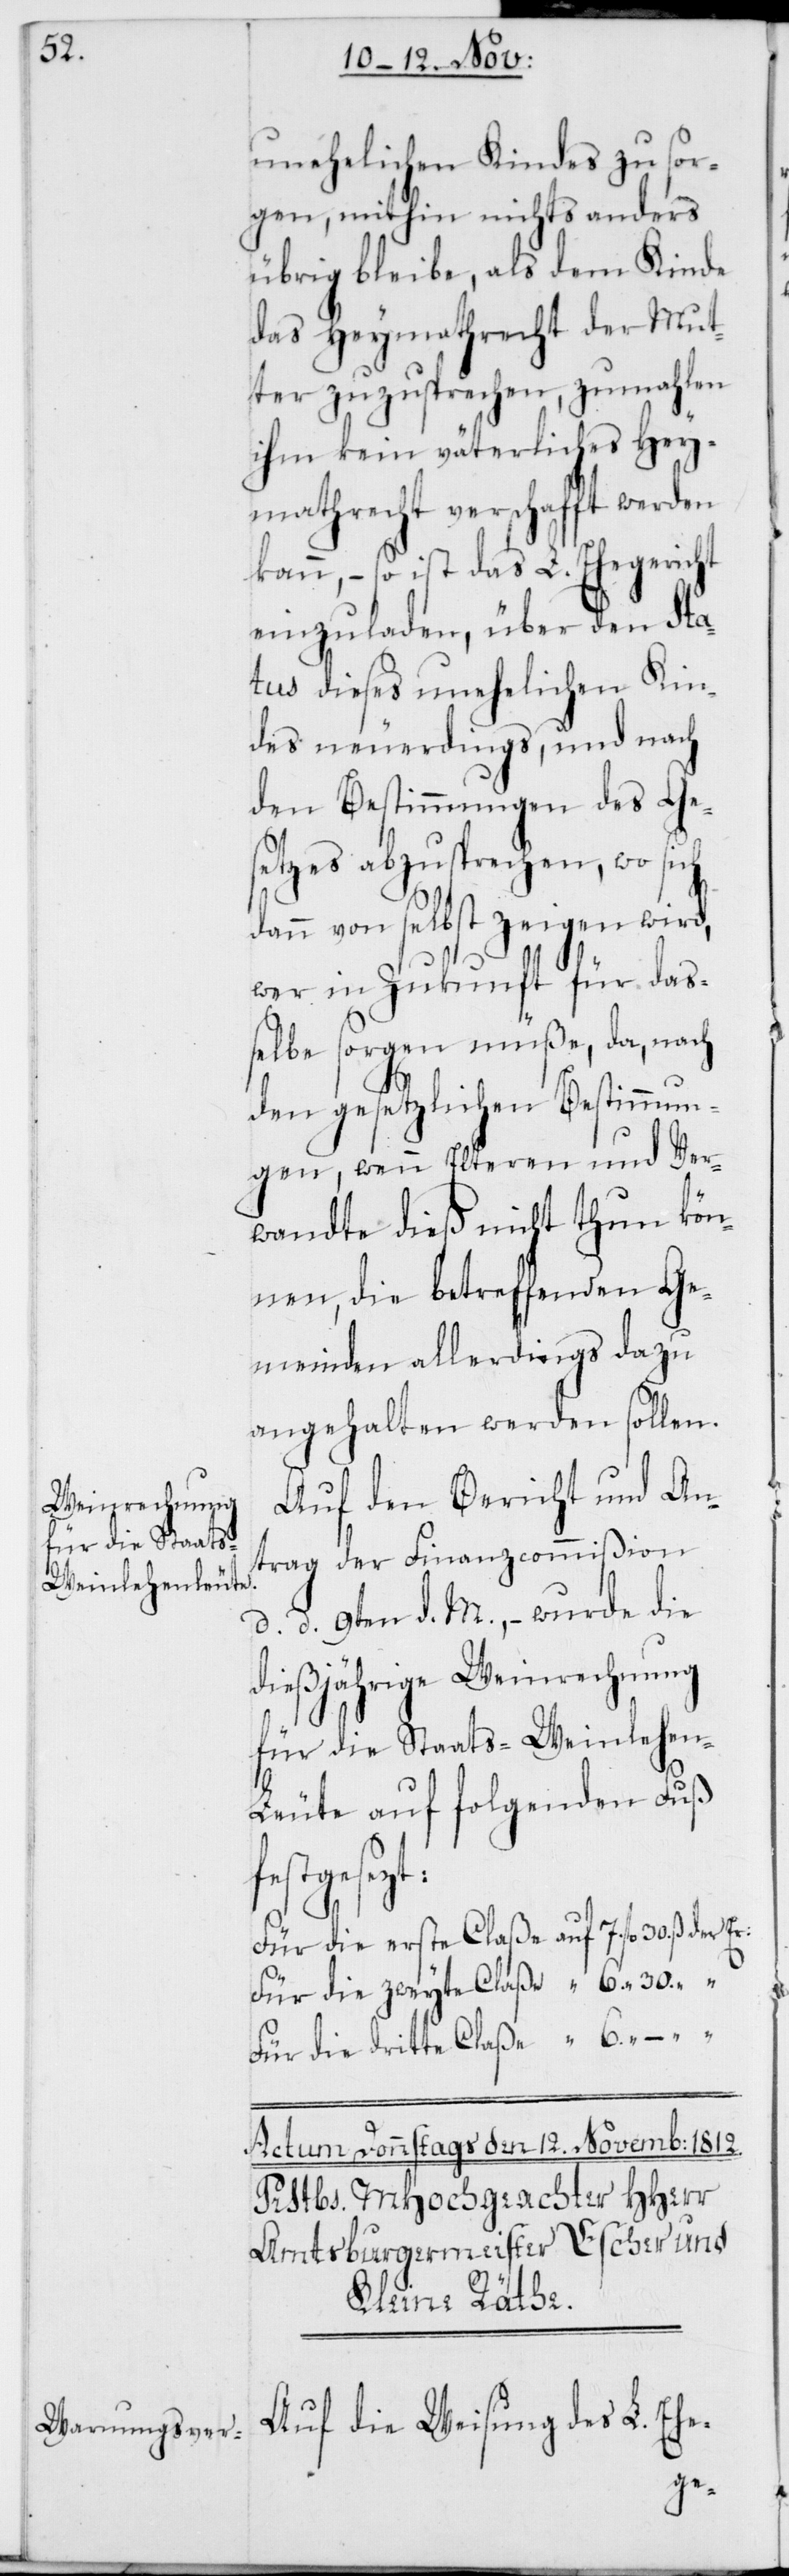
30.

unehelichen Kindes zu sor¬
gen, mithin nichts anders
übrig bleibe, als dem Kinde
das Heymathrecht der Mut¬
ter zuzusprechen, zumahlen
ihm kein väterliches Hey¬
mathrecht verschafft werden
kann, – so ist das L. Ehegericht
einzuladen, über den Sta¬
tus dieses unehelichen Kin¬
des neuerdings und nach
den Bestimmungen des Ge¬
setzes abzusprechen, wo sich
dann von selbst zeigen wird,
wer in Zukunft für daß¬
elbe sorgen müße, da, nach
7.
den gesetzlichen Bestimmun¬
gen, wenn Elteren und Ver¬
wandte dieß nicht thun kön¬
nen, die betreffenden Ge¬
meinden allerdings dazu
angehalten werden sollen.
Auf den Bericht und An¬
trag der Finanzcommißion
d. d. 9ten d. M., – wurde die
dießjährige Weinrechnung
für die Staats-Weinlehe¬
n-Leute auf folgenden Fuß
festgesezt:
Für die zweyte Claße
Für die dritte Claße
Auf die Weisung des L. Ehe-